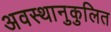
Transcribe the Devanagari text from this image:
अवस्थानुकुलित